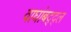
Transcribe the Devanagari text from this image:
वाघांबद्द्ल